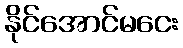
နိုင်အောင်မငေး